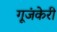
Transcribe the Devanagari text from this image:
गूजंकेरी